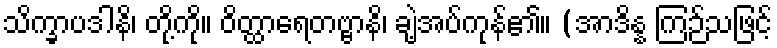
သိက္ခာပဒါနိ၊ တို့ကို။ ဝိတ္ထာရေတဗ္ဗာနိ၊ ချဲ့အပ်ကုန်၏။ (အာဒိန္န ကြဉ်သဖြင့်